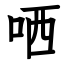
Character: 哂